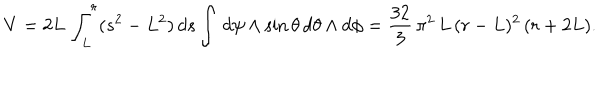
V = 2 L \, \int _ { L } ^ { r } ( s ^ { 2 } - L ^ { 2 } ) \, d s \int \, d \psi \wedge \sin \theta \, d \theta \wedge d \phi = \frac { 3 2 } { 3 } \, \pi ^ { 2 } \, L \, ( r - L ) ^ { 2 } \, ( r + 2 L ) .